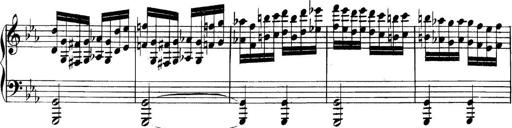
Title: Collected Piano Sonatas
Composer: Muzio Clementi